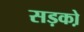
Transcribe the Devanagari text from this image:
सड़को़